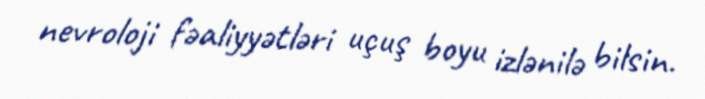
nevroloji fəaliyyətləri uçuş boyu izlənilə bilsin.